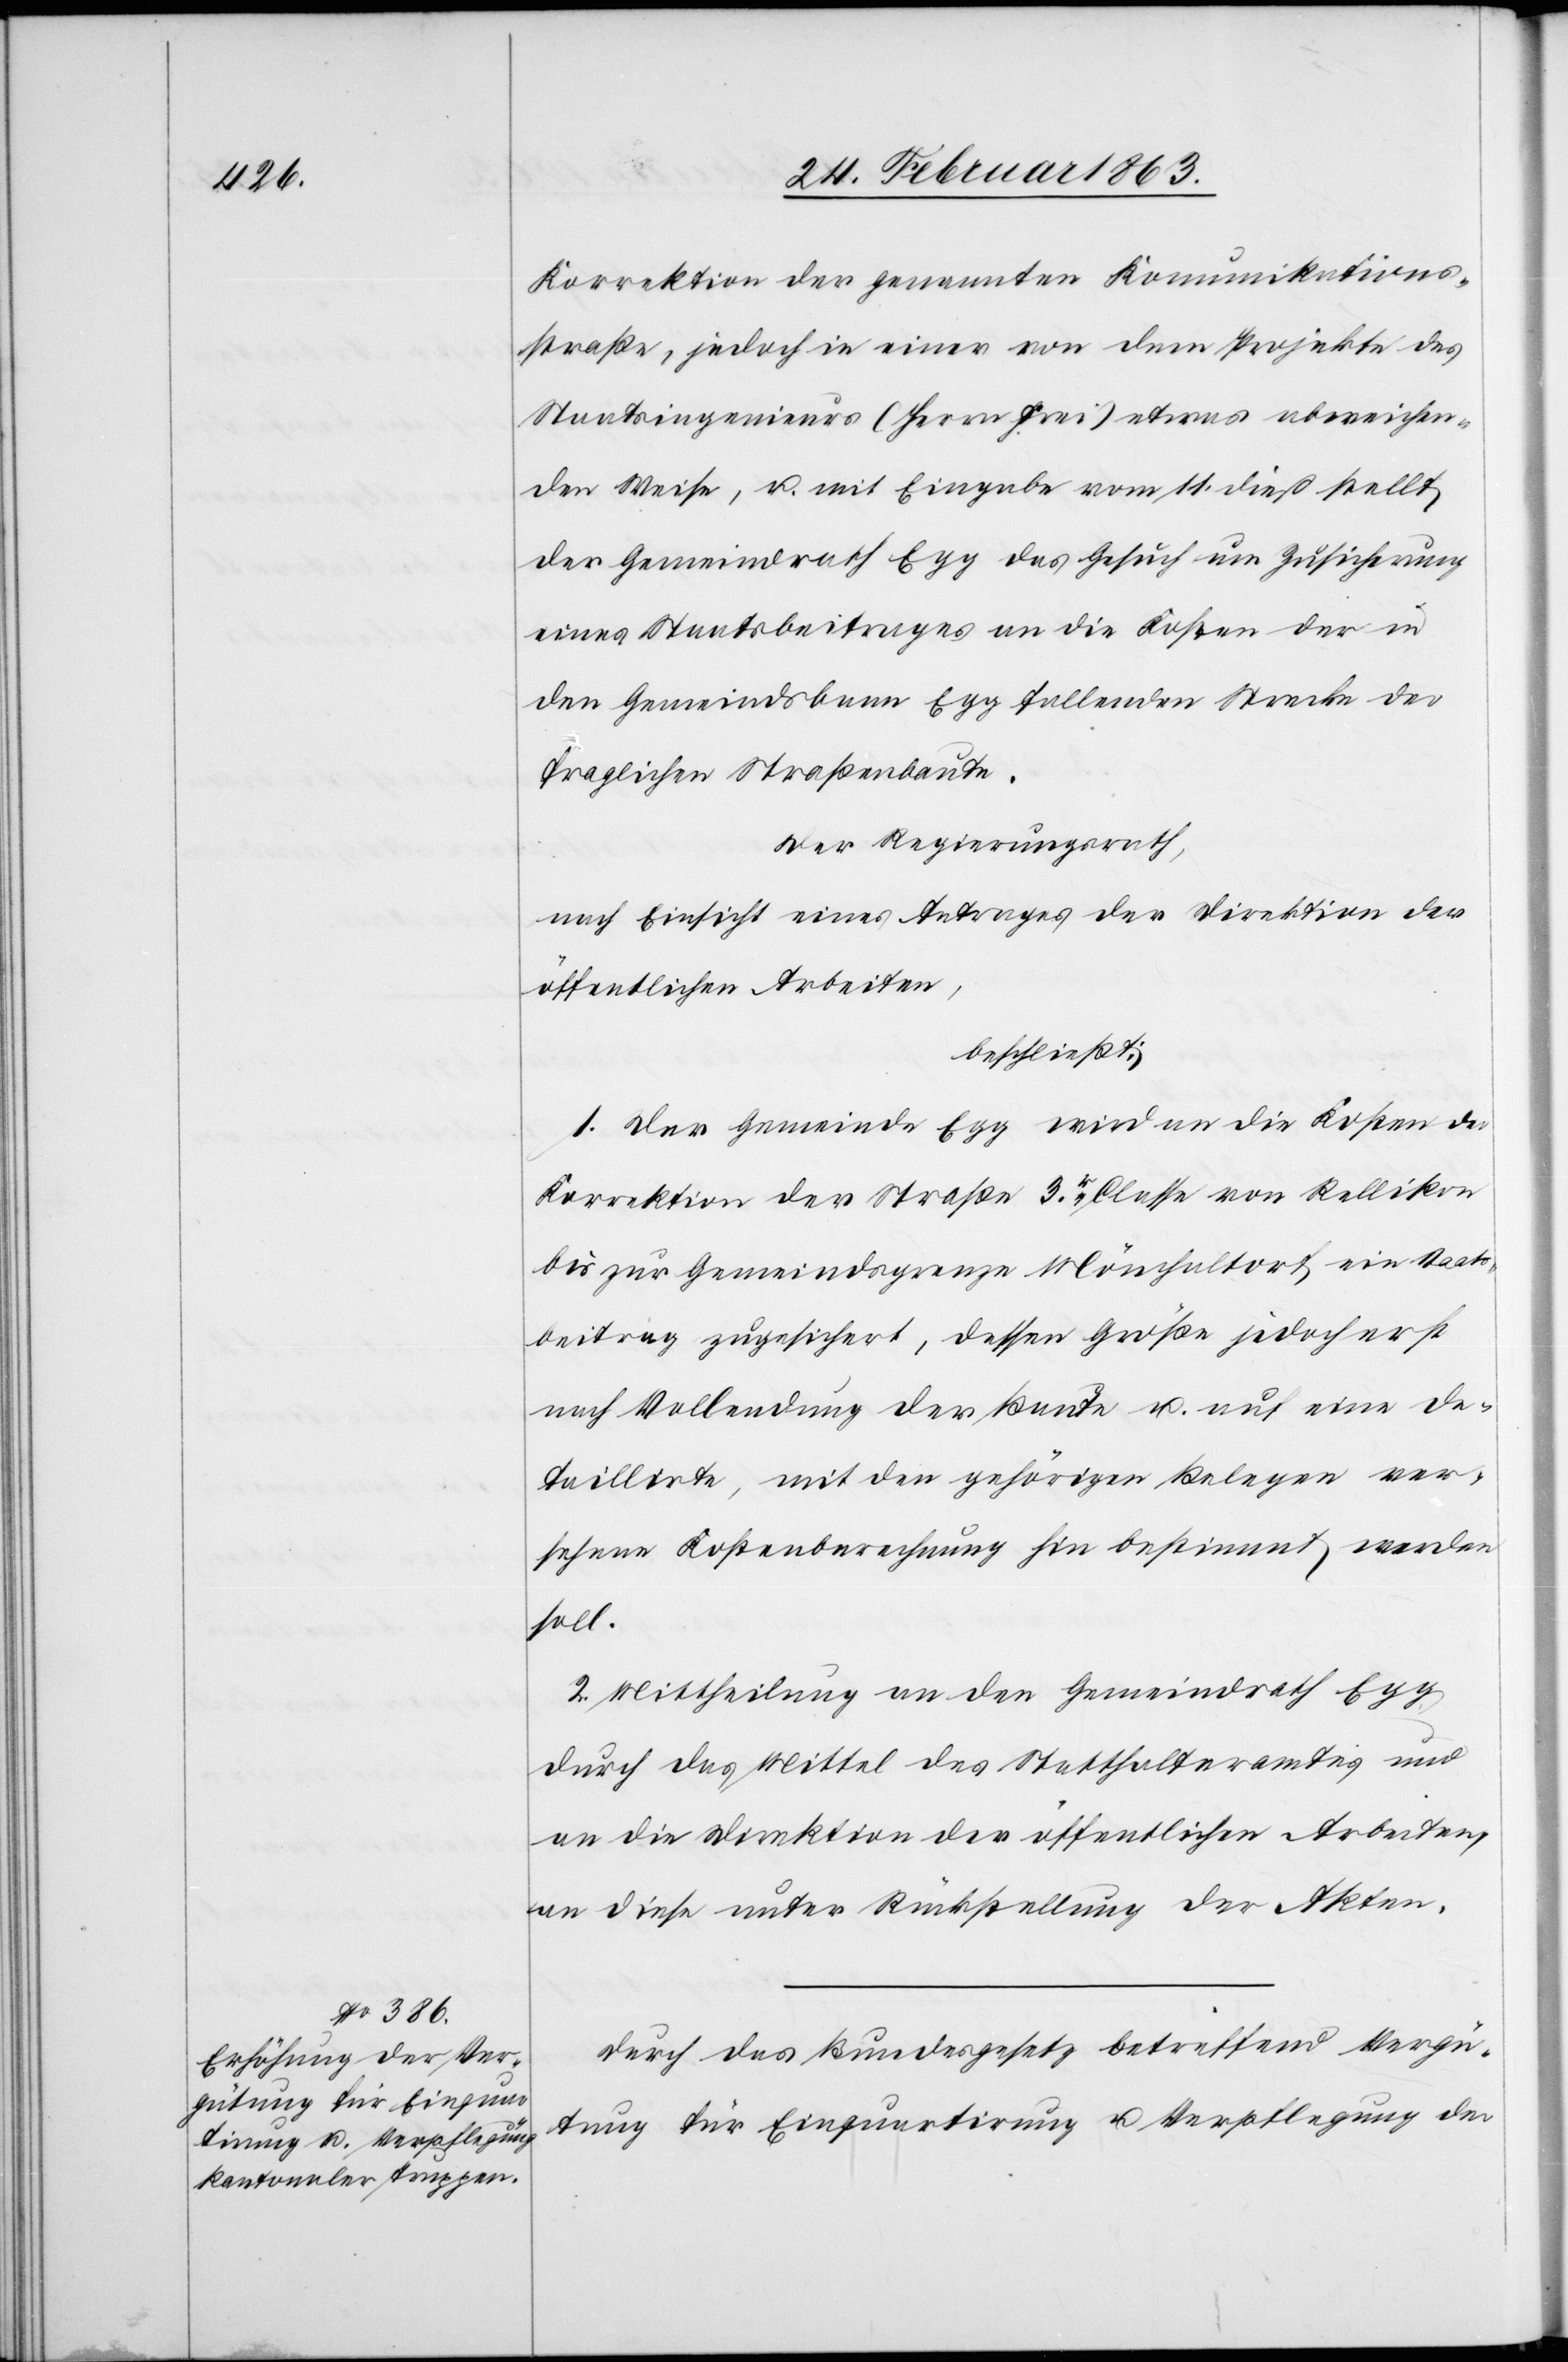
Korrektion der genannten Komunikations¬
straße, jedoch in einer von dem Projekte des
Staatsingenieurs (Herrn Frei) etwas abweichen¬
den Weise, u. mit Eingabe vom 11. dieß stellt
der Gemeindrath Egg das Gesuch um Zusicherung
eines Staatsbeitrages an die Kosten der in
den Gemeindsbann Egg fallenden Strecke der
fraglichen Straßenbaute.
Der Regierungsrath,
nach Einsicht eines Antrages der Direktion der
öffentlichen Arbeiten,
beschließt:
1. Der Gemeinde Egg wird an die Kosten der
Korrektion der Straße 3r. Classe von Rellikon
bis zur Gemeindsgrenze Mönchaltorf ein Staats¬
beitrag zugesichert, dessen Größe jedoch erst
nach Vollendung der Baute u. auf eine de¬
taillirte, mit den gehörigen Belegen ver¬
sehene Kostenberechnung hin bestimmt werden
soll.
2. Mittheilung an den Gemeindrath Egg
durch das Mittel des Statthalteramtes und
an die Direktion der öffentlichen Arbeiten,
an diese unter Rückstellung der Akten.
Durch das Bundesgesetz betreffend Vergü¬
tung für Einquartirung u. Verpflegung der